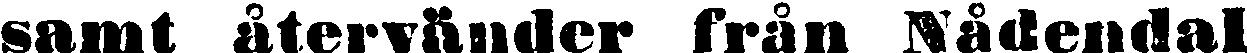
samt återvänder från Nådendal